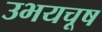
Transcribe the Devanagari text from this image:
उभयचूष